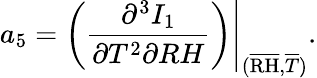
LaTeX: a_{5}=\left.\left(\frac{\partial^{3}I_{1}}{\partial T^{2}\partial RH}\right)\right\vert_{(\overline{{\mathrm{RH}}},\overline{{T}})}.